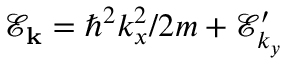
\mathscr { E } _ { \bf k } = \hbar ^ { 2 } k _ { x } ^ { 2 } / 2 m + \mathscr { E } _ { k _ { y } } ^ { \prime }